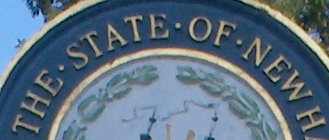
THE STATE OF NEW